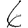
Digit: 6